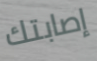
إصابتك